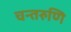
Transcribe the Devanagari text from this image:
चन्तरुणि